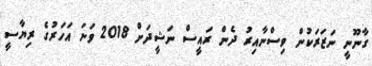
ގާނޫނީ ނަޒަރަކުން ވިސްނާއިރު ދެން ރައީސް ނަޝީދަށް 2018 ވަނަ އަހަރުގެ ރިޔާސީ